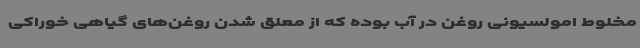
مخلوط امولسیونی روغن در آب بوده که از معلق شدن روغن‌های گیاهی خوراکی